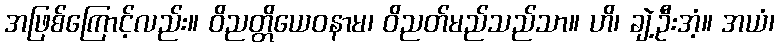
အဖြစ်ကြောင့်လည်း။ ဝိညတ္တိယေဝနာမ၊ ဝိညတ်မည်သည်သာ။ ဟိ၊ ချဲ့ဦးအံ့။ အယံ၊